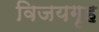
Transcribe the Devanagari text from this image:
विजयगृह